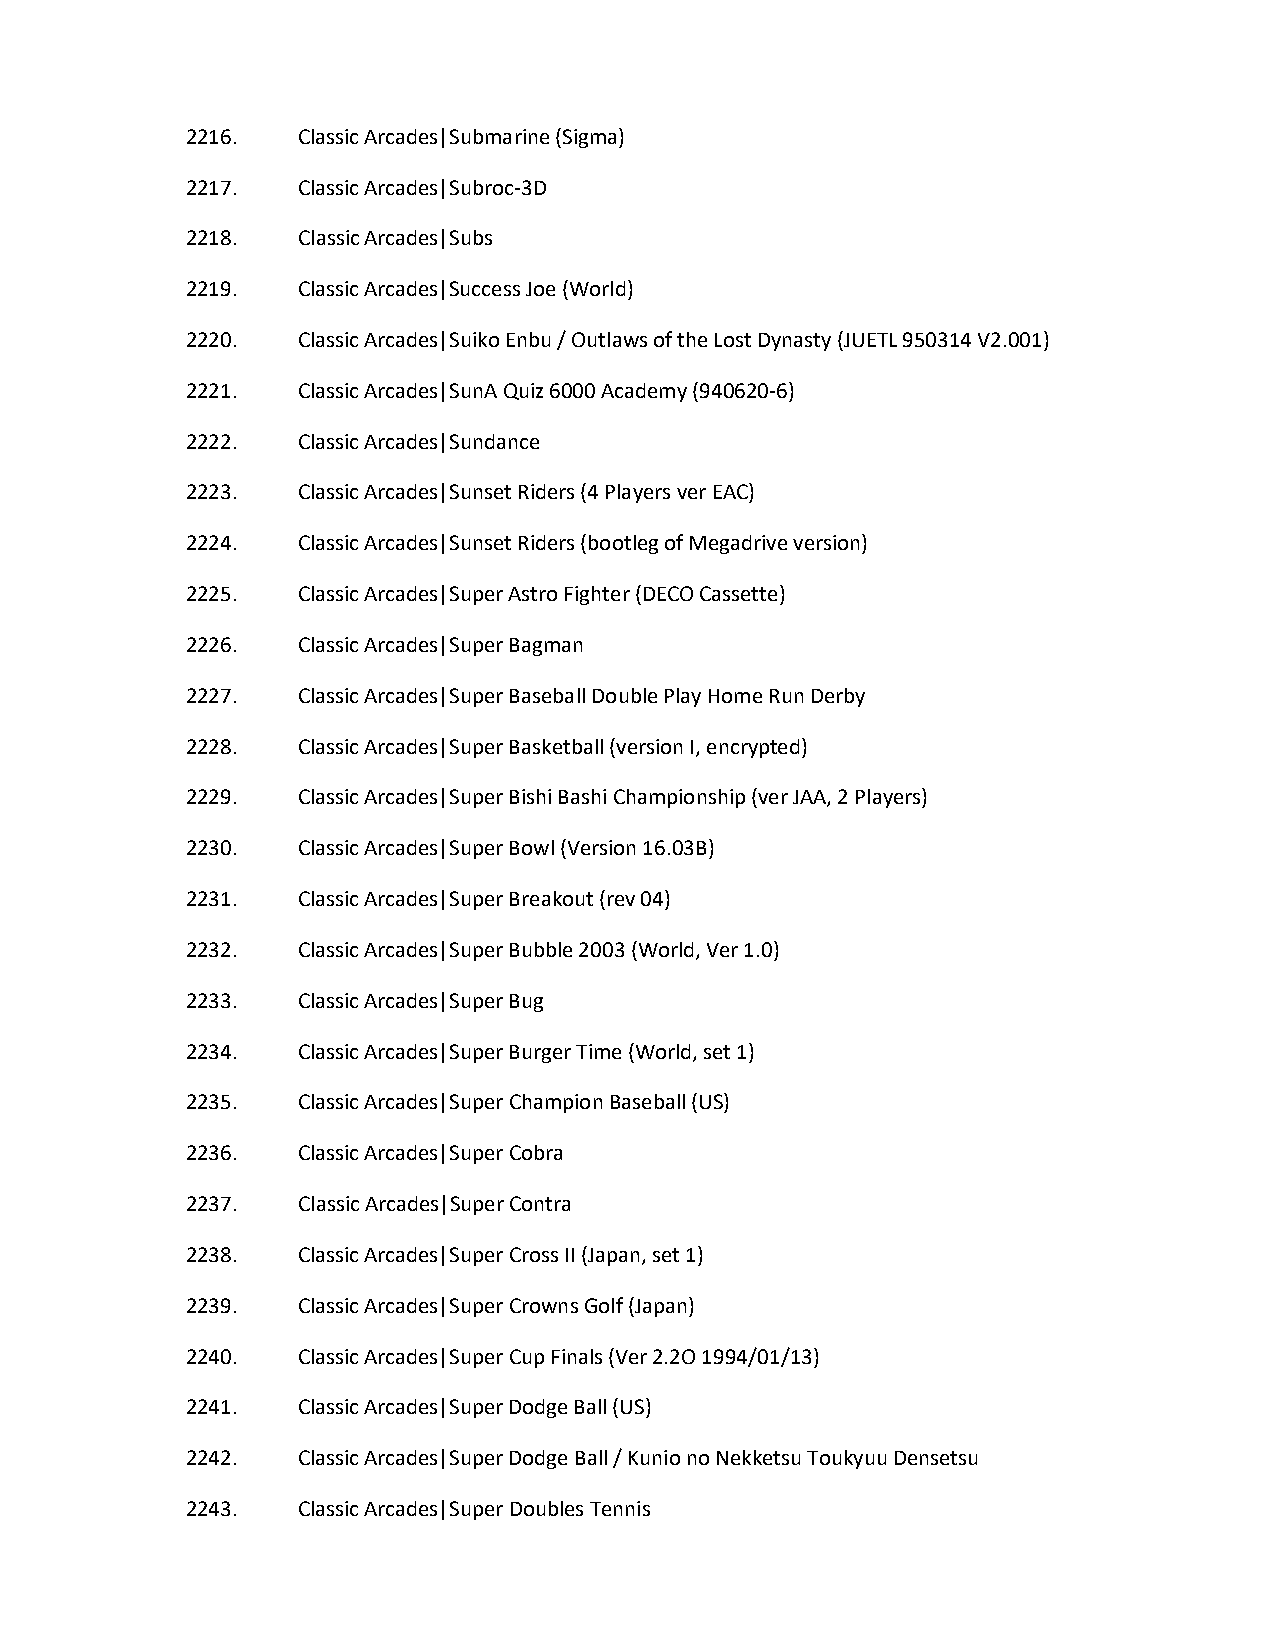
2216.   Classic Arcades|Submarine (Sigma)
 2217.   Classic Arcades|Subroc-3D
 2218.   Classic Arcades|Subs
 2219.   Classic Arcades|Success Joe (World)
 2220.   Classic Arcades|Suiko Enbu / Outlaws of the Lost Dynasty (JUETL 950314 V2.001)
 2221.   Classic Arcades|SunA Quiz 6000 Academy (940620-6)
 2222.   Classic Arcades|Sundance
 2223.   Classic Arcades|Sunset Riders (4 Players ver EAC)
 2224.   Classic Arcades|Sunset Riders (bootleg of Megadrive version)
 2225.   Classic Arcades|Super Astro Fighter (DECO Cassette)
 2226.   Classic Arcades|Super Bagman
 2227.   Classic Arcades|Super Baseball Double Play Home Run Derby
 2228.   Classic Arcades|Super Basketball (version I, encrypted)
 2229.   Classic Arcades|Super Bishi Bashi Championship (ver JAA, 2 Players)
 2230.   Classic Arcades|Super Bowl (Version 16.03B)
 2231.   Classic Arcades|Super Breakout (rev 04)
 2232.   Classic Arcades|Super Bubble 2003 (World, Ver 1.0)
 2233.   Classic Arcades|Super Bug
 2234.   Classic Arcades|Super Burger Time (World, set 1)
 2235.   Classic Arcades|Super Champion Baseball (US)
 2236.   Classic Arcades|Super Cobra
 2237.   Classic Arcades|Super Contra
 2238.   Classic Arcades|Super Cross II (Japan, set 1)
 2239.   Classic Arcades|Super Crowns Golf (Japan)
 2240.   Classic Arcades|Super Cup Finals (Ver 2.2O 1994/01/13)
 2241.   Classic Arcades|Super Dodge Ball (US)
 2242.   Classic Arcades|Super Dodge Ball / Kunio no Nekketsu Toukyuu Densetsu
 2243.   Classic Arcades|Super Doubles Tennis